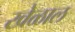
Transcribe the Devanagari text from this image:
खेळाल